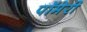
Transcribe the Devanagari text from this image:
पॉमेरी